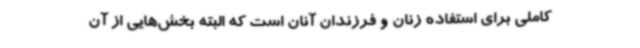
کاملی برای استفاده زنان و فرزندان آنان است که البته بخش‌هایی از آن